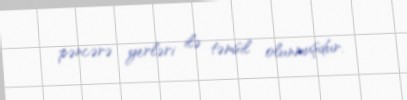
pəncərə yerləri ilə təmsil olunmuşdur.